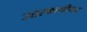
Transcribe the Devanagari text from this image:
उत्तरकालीनच